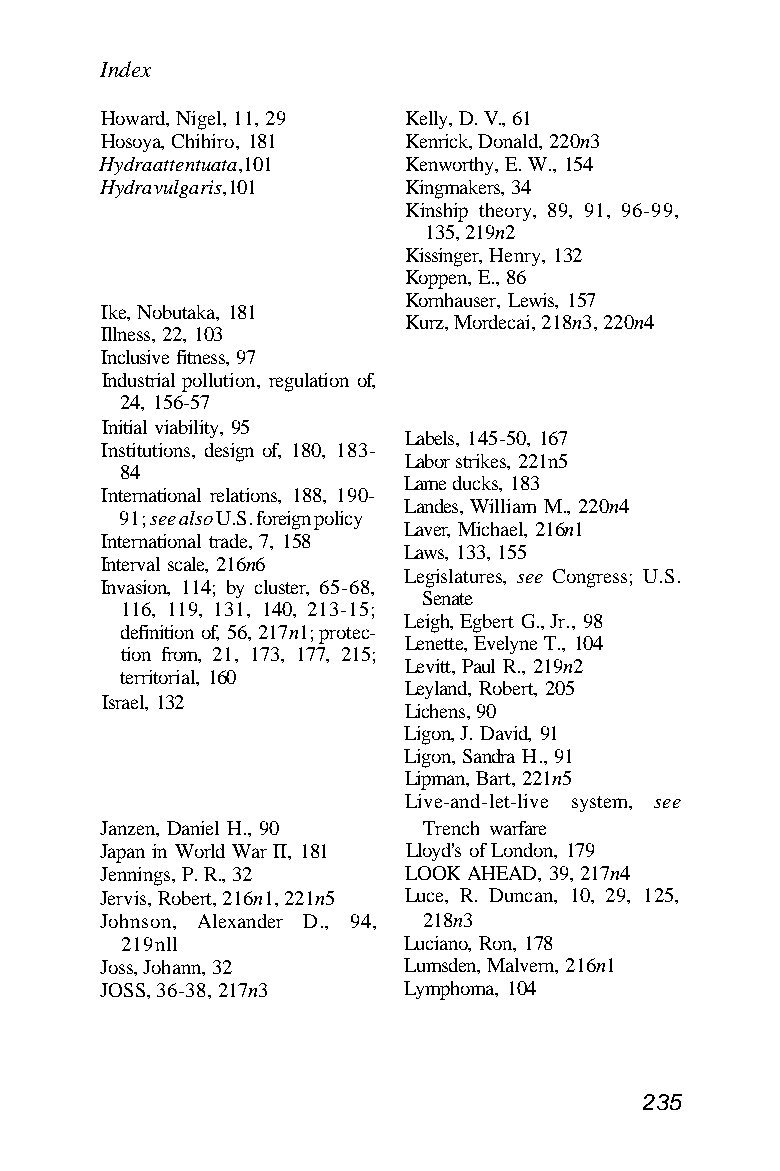
Index
 Howard, Nigel, 11, 29 Kelly, D. V., 61
 Hosoya, Chihiro, 181 Kenrick, Donald, 220n3
 Hydra attentuata, 101 Kenworthy, E. W., 154
 Hydra vulgaris, 101 Kingmakers, 34
 Kinship theory, 89, 91, 96-99,
 135, 219n2
 Kissinger, Henry, 132
 Koppen, E., 86
 Kornhauser, Lewis, 157
 Ike, Nobutaka, 181
 Kurz, Mordecai, 218n3, 220n4
 Illness, 22, 103
 Inclusive fitness, 97
 Industrial pollution, regulation of,
 24, 156-57
 Initial viability, 95
 Labels, 145-50, 167
 Institutions, design of, 180, 183-
 Labor strikes, 221n5
 84
 Lame ducks, 183
 International relations, 188, 190-
 Landes, William M., 220n4
 91; see also U.S. foreign policy
 Laver, Michael, 216n1
 International trade, 7, 158
 Laws, 133, 155
 Interval scale, 216n6
 Legislatures, see Congress; U.S.
 Invasion, 114; by cluster, 65-68,
 Senate
 116, 119, 131, 140, 213-15;
 Leigh, Egbert G., Jr., 98
 definition of, 56, 217n1; protec-
 Lenette, Evelyne T., 104
 tion from, 21, 173, 177, 215;
 Levitt, Paul R., 219n2
 territorial, 160
 Leyland, Robert, 205
 Israel, 132
 Lichens, 90
 Ligon, J. David, 91
 Ligon, Sandra H., 91
 Lipman, Bart, 221n5
 Live-and-let-live system, see
 Janzen, Daniel H., 90 Trench warfare
 Japan in World War II, 181 Lloyd's of London, 179
 Jennings, P. R., 32 LOOK AHEAD, 39, 217n4
 Jervis, Robert, 216n1, 221n5 Luce, R. Duncan, 10, 29, 125,
 Johnson, Alexander D., 94, 218n3
 219nll             Luciano, Ron, 178
 Joss, Johann, 32    Lumsden, Malvern, 216n1
 JOSS, 36-38, 217n3  Lymphoma, 104
 235